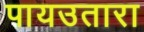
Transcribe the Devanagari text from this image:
पायउतारा